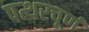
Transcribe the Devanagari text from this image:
पत्थरचूर्ण